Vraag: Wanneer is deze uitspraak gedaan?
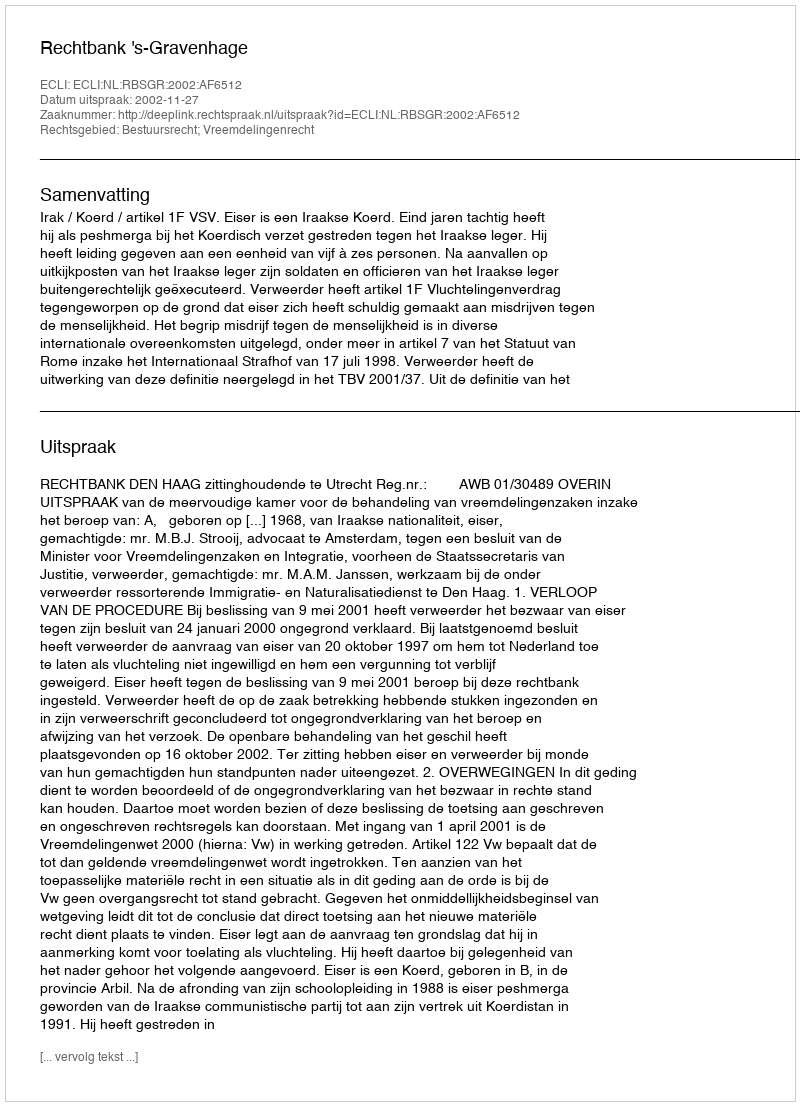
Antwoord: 2002-11-27